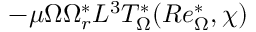
- \mu \Omega \Omega _ { r } ^ { * } L ^ { 3 } T _ { \Omega } ^ { * } ( R e _ { \Omega } ^ { * } , \chi )